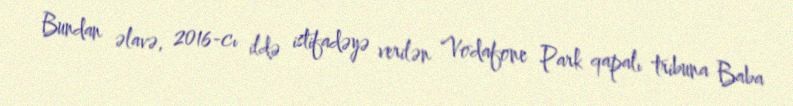
Bundan əlavə, 2016-cı ildə istifadəyə verilən Vodafone Park qapalı tribuna Baba